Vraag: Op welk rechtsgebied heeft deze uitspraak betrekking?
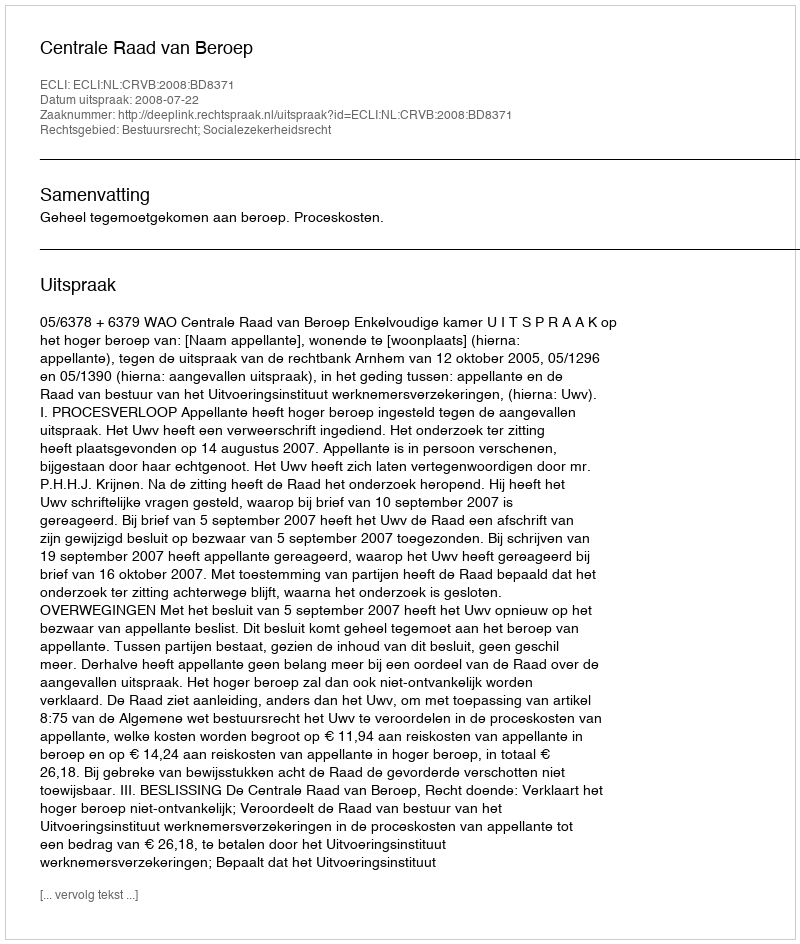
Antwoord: Bestuursrecht; Socialezekerheidsrecht